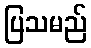
ပြသမည်